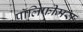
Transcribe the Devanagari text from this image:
पॉलिफीमस